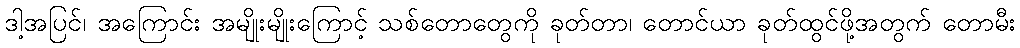
ဒါ့အပြင်၊ အကြောင်း အမျိုးမျိုးကြောင့် သစ်တောတွေကို ခုတ်တာ၊ တောင်ယာ ခုတ်ထွင်ဖို့အတွက် တောမီး